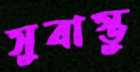
সুবাস্তু